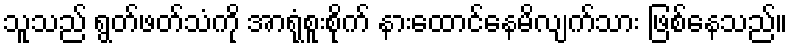
သူသည် ရွတ်ဖတ်သံကို အာရုံစူးစိုက် နားထောင်နေမိလျက်သား ဖြစ်နေသည်။